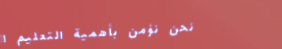
نحن نؤمن بأهمية التعليم ا